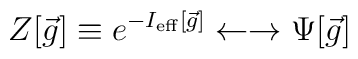
Z[{\vec g}] \equiv e^{-I_{\rm eff}[{\vec g}]} \leftarrow\rightarrow \Psi [{\vec g}]